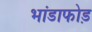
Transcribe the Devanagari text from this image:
भांडाफोड़